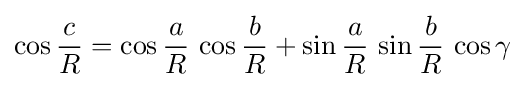
\cos {\frac {c}{R}}=\cos {\frac {a}{R}}\,\cos {\frac {b}{R}}+\sin {\frac {a}{R}}\,\sin {\frac {b}{R}}\,\cos {\gamma }